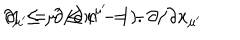
\partial _ { \mu ^ { \prime } } = \partial / \partial x ^ { \mu ^ { \prime } } = - \partial / \partial x _ { \mu ^ { \prime } } \hspace { 1 c m } ( 1 \leq \mu ^ { \prime } \leq n - 1 ) .